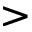
>